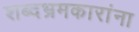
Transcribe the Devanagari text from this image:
शब्दभ्रमकारांना